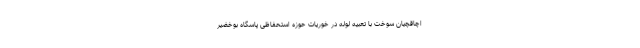
اچاقچیان سوخت با تعبیه لوله در خوریات حوزه استحفاظی پاسگاه بوخضیر